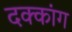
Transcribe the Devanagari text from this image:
दक्कांग